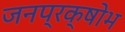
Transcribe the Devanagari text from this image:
जनप्रक्षोभ